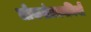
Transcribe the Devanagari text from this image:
लोकतंत्रकामियों